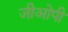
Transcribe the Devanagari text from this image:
जीओपी